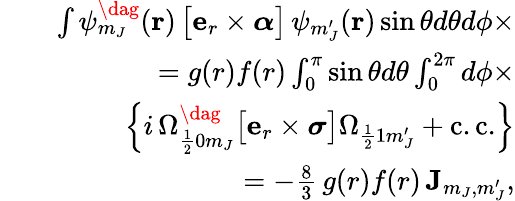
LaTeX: \begin{array}{rlr}&{}&{\int\psi_{m_{J}}^{\dag}(\mathbf{r})\, \big[\mathbf{e}_{r}\times\boldsymbol\alpha\big]\, \psi_{m_{J}^{\prime}}(\mathbf{r})\sin\theta d\theta d\phi\times}\\ &{}&{~~~=g(r)f(r)\int_{0}^{\pi}\sin\theta d\theta\int_{0}^{2\pi}d\phi\times}\\ &{}&{~~~~~~\Big\{ i\, \Omega_{\frac{1}{2}0m_{J}}^{\dag}\big[\mathbf{e}_{r}\times\boldsymbol\sigma\big]\Omega_{\frac{1}{2}1m_{J}^{\prime}}+\mathrm{c.c.}\Big\} }\\ &{}&{~~~=-\frac{8}{3}\, g(r)f(r)\, \mathbf{J}_{m_{J},m_{J}^{\prime}},}\end{array}